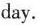
day.